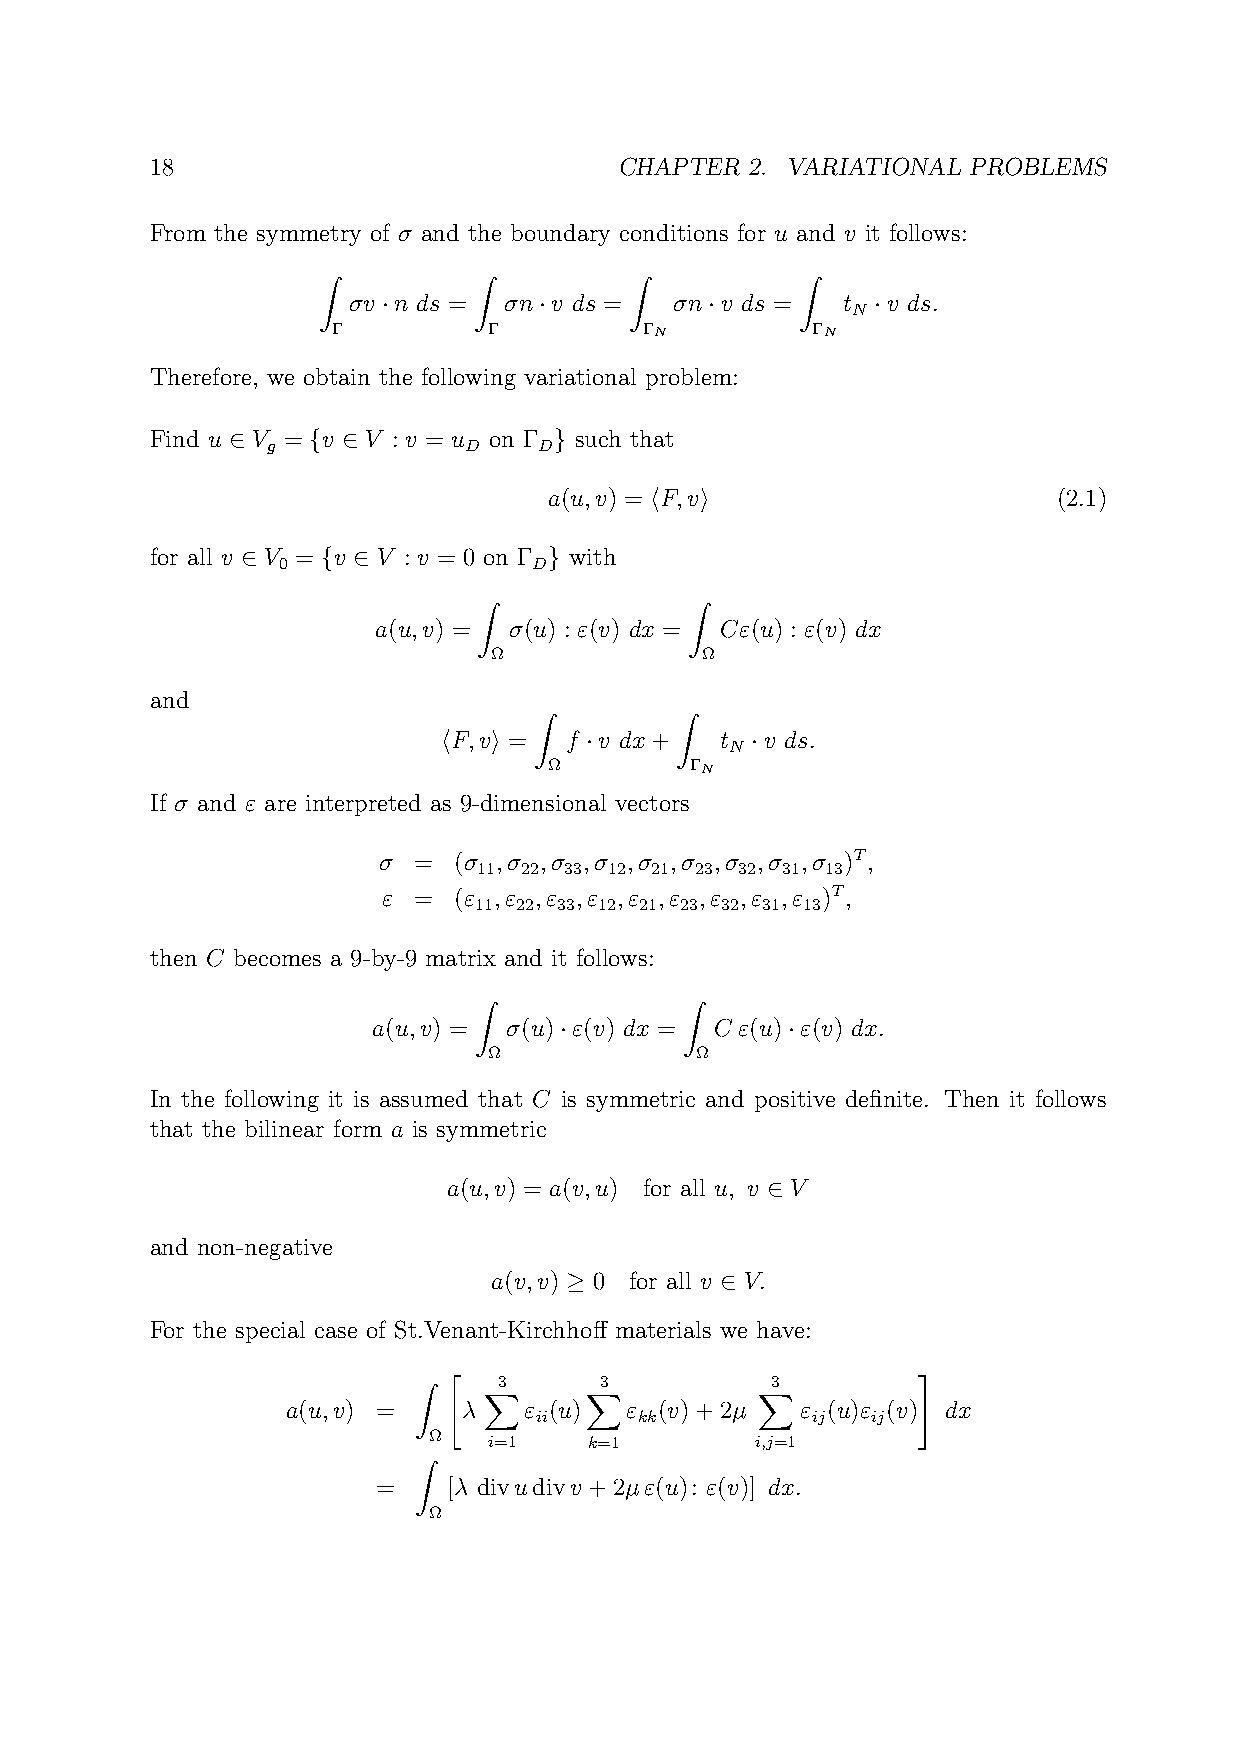
18                             CHAPTER  2. VARIATIONAL PROBLEMS
 From the symmetry of σ and the boundary conditions for u and v it follows:
 Z         Z          Z          Z
 σv ·n ds = σn·v ds =  σn·v ds =  t ·v ds.
 N
 Γ         Γ          ΓN         ΓN
 Therefore, we obtain the following variational problem:
 Find u ∈ V = {v ∈ V : v = u on Γ } such that
 g            D    D
 a(u,v) = hF,vi                    (2.1)
 for all v ∈ V = {v ∈ V : v = 0 on Γ } with
 0                D
 Z             Z
 a(u,v) = σ(u) : ε(v) dx = Cε(u) : ε(v) dx
 Ω            Ω
 and
 Z         Z
 hF,vi = f ·v dx+   t ·v ds.
 N
 Ω         ΓN
 If σ and ε are interpreted as 9-dimensional vectors
 σ =  (σ ,σ ,σ ,σ ,σ ,σ ,σ ,σ ,σ )T,
 11 22 33 12 21 23 32 31 13
 ε =  (ε ,ε ,ε ,ε ,ε ,ε ,ε ,ε ,ε )T,
 11 22 33 12 21 23 32 31 13
 then C becomes a 9-by-9 matrix and it follows:
 Z             Z
 a(u,v) = σ(u)·ε(v) dx = Cε(u)·ε(v) dx.
 Ω             Ω
 In the following it is assumed that C is symmetric and positive definite. Then it follows
 that the bilinear form a is symmetric
 a(u,v) = a(v,u) for all u, v ∈ V
 and non-negative
 a(v,v) ≥ 0 for all v ∈ V.
 For the special case of St.Venant-Kirchhoff materials we have:
 "                              #
 Z     3      3          3
 X      X          X
 a(u,v) =    λ   ε (u) ε  (v)+2µ   ε (u)ε (v) dx
 ii     kk          ij  ij
 Ω
 i=1    k=1        i,j=1
 Z
 =    [λ divudivv +2µε(u): ε(v)] dx.
 Ω